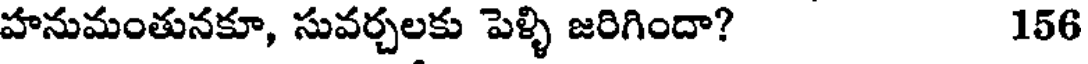
హనుమంతునకూ, సువర్చలకు పెళ్ళి జరిగిందా? 156